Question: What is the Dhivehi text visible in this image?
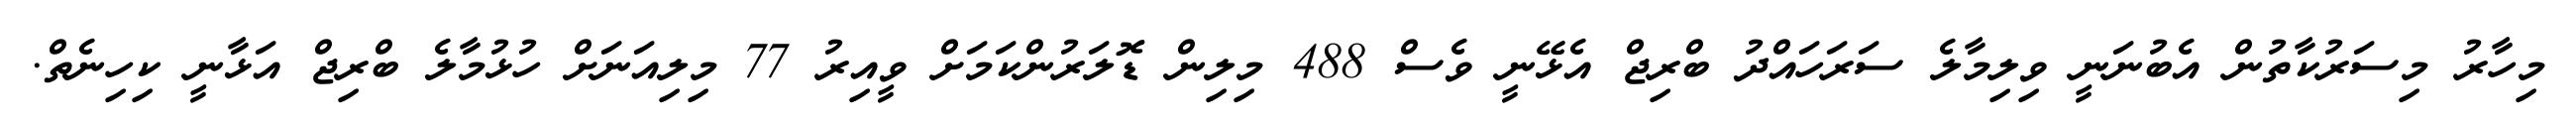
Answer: މިހާރު މިސަރުކާތުން އެބުނަނީ ވިލިމާލެ ސަރަހައްދު ބްރިޖް އެޅޭނީ ވެސް 488 މިލިން ޑޮލަރުންކަމަށް ވީއިރު 77 މިލިއަނަށް ހުޅުމާލެ ބްރިޖް އަޅާނީ ކިހިނެތް.